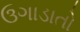
ઉગાડાતો